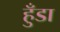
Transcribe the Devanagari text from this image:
हुँडा